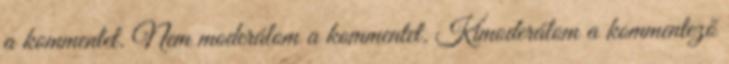
a kommentet. Nem moderálom a kommentet. Kimoderálom a kommentező